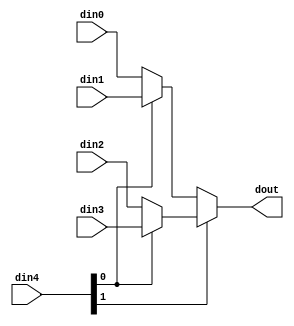
// ==============================================================
// Vitis HLS - High-Level Synthesis from C, C++ and OpenCL v2022.2 (64-bit)
// Tool Version Limit: 2019.12
// Copyright 1986-2022 Xilinx, Inc. All Rights Reserved.
// ==============================================================

`timescale 1ns/1ps

module PEG_Cmtx_mux_42_64_1_1 #(
parameter
    ID                = 0,
    NUM_STAGE         = 1,
    din0_WIDTH       = 32,
    din1_WIDTH       = 32,
    din2_WIDTH       = 32,
    din3_WIDTH       = 32,
    din4_WIDTH         = 32,
    dout_WIDTH            = 32
)(
    input  [63 : 0]     din0,
    input  [63 : 0]     din1,
    input  [63 : 0]     din2,
    input  [63 : 0]     din3,
    input  [1 : 0]    din4,
    output [63 : 0]   dout);

// puts internal signals
wire [1 : 0]     sel;
// level 1 signals
wire [63 : 0]         mux_1_0;
wire [63 : 0]         mux_1_1;
// level 2 signals
wire [63 : 0]         mux_2_0;

assign sel = din4;

// Generate level 1 logic
assign mux_1_0 = (sel[0] == 0)? din0 : din1;
assign mux_1_1 = (sel[0] == 0)? din2 : din3;

// Generate level 2 logic
assign mux_2_0 = (sel[1] == 0)? mux_1_0 : mux_1_1;

// output logic
assign dout = mux_2_0;

endmodule